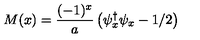
M ( x ) = \frac { ( - 1 ) ^ { x } } { a } \left( \psi _ { x } ^ { \dagger } \psi _ { x } - 1 / 2 \right)